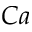
C a